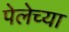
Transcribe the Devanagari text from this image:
पेलेच्या